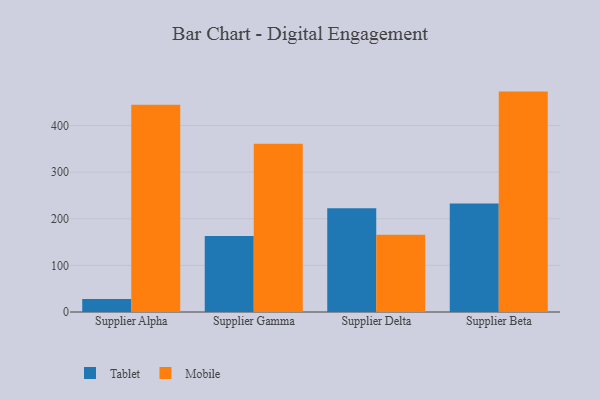
{"axis": {"x": "Supplier", "y": "Customer Acquisition Cost (USD)"}, "legend": ["Mobile", "Tablet"], "data": [{"x": "Supplier Alpha", "y": 27.9, "type": "Tablet"}, {"x": "Supplier Alpha", "y": 444.4, "type": "Mobile"}, {"x": "Supplier Gamma", "y": 162.9, "type": "Tablet"}, {"x": "Supplier Gamma", "y": 360.9, "type": "Mobile"}, {"x": "Supplier Delta", "y": 222.7, "type": "Tablet"}, {"x": "Supplier Delta", "y": 165.6, "type": "Mobile"}, {"x": "Supplier Beta", "y": 232.9, "type": "Tablet"}, {"x": "Supplier Beta", "y": 472.6, "type": "Mobile"}]}